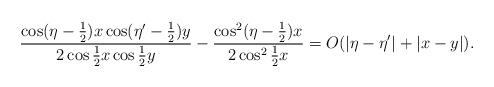
LaTeX: \begin{align*}\frac{\cos (\eta - \frac{1}{2})x \cos (\eta' -\frac{1}{2})y}{2 \cos \frac{1}{2} x \cos \frac{1}{2} y}-\frac{\cos^2 (\eta - \frac{1}{2})x }{2 \cos^2 \frac{1}{2} x}= O(|\eta - \eta'|+ |x-y| ).\end{align*}